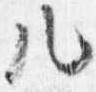
几